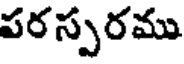
పరస్పరము